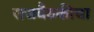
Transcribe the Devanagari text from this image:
राजबैठकीचा